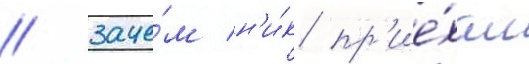
/ заче́м н'и́к пр'ие́хал